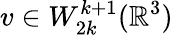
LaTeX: v\in W_{2k}^{k+1}({\mathbb R}^{3})